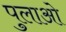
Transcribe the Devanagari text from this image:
पुलाओ